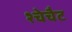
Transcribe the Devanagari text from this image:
श्चेचैट